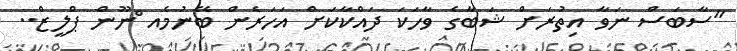
"ސާބަސް ނަވާ އިތުރަށް ޝަބާގެ ވާހަކަ ދައްކާކަށް އަހަރެން ބޭނުމެއ ްނޫން ޕްލީޒް..